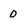
Character: o